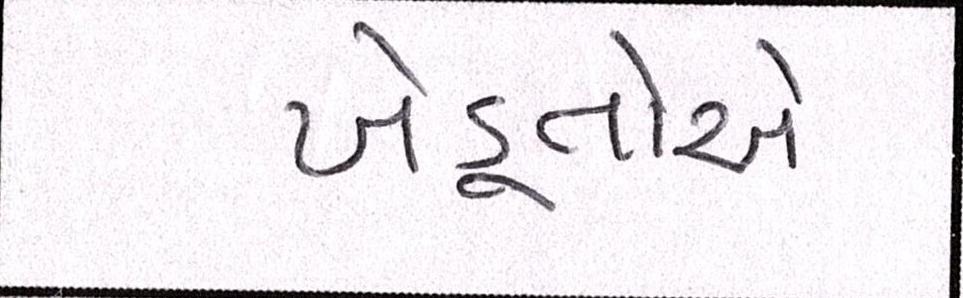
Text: ખેડૂતોએ